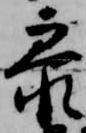
参